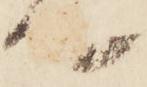
て